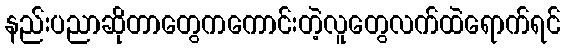
နည်းပညာဆိုတာတွေကကောင်းတဲ့လူတွေလက်ထဲရောက်ရင်